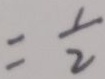
= \frac { 1 } { 2 }